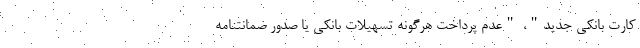
کارت بانکی جدید"، "عدم پرداخت هرگونه تسهیلات بانکی یا صدور ضمانتنامه